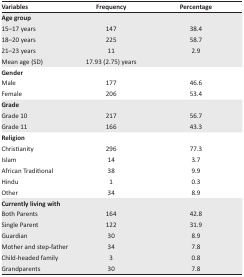
| Variables | Frequency | Percentage |
 | --- | --- | --- |
 | <COLSPAN=3> Age group |
 | 15–17 years | 147 | 38.4 |
 | 18–20 years | 225 | 58.7 |
 | 21–23 years | 11 | 2.9 |
 | Mean age (SD) | 17.93 (2.75) years |  |
 | <COLSPAN=3> Gender |
 | Male | 177 | 46.6 |
 | Female | 206 | 53.4 |
 | <COLSPAN=3> Grade |
 | Grade 10 | 217 | 56.7 |
 | Grade 11 | 166 | 43.3 |
 | <COLSPAN=3> Religion |
 | Christianity | 296 | 77.3 |
 | Islam | 14 | 3.7 |
 | African Traditional | 38 | 9.9 |
 | Hindu | 1 | 0.3 |
 | Other | 34 | 8.9 |
 | <COLSPAN=3> Currently living with |
 | Both Parents | 164 | 42.8 |
 | Single Parent | 122 | 31.9 |
 | Guardian | 30 | 8.9 |
 | Mother and step-father | 34 | 7.8 |
 | Child-headed family | 3 | 0.8 |
 | Grandparents | 30 | 7.8 |